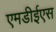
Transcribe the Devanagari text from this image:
एमडीईएस